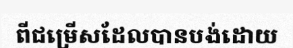
ពីជម្រើសដែលបានបង់ដោយ